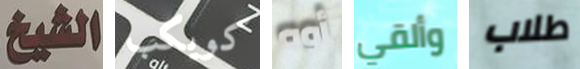
الشيخ كويكب أوه وألقي طلاب